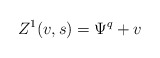
\begin{align*}Z^1(v,s) = \Psi^q + v\end{align*}